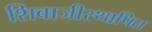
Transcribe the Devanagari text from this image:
शिवाजीस्थापित